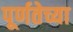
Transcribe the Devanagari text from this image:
पूर्णतेच्या